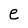
Character: e